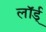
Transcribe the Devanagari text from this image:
लॉर्ड्